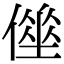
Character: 𠍮